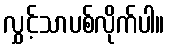
လွှင့်သာပစ်လိုက်ပါ။